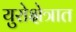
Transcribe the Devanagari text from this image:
युरोक्षेत्रात